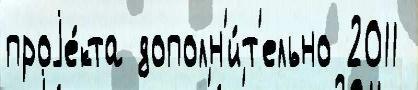
проjе́кта дополн'и́т'ельно 2011